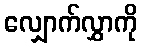
လျှောက်လွှာကို